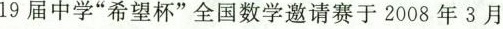
19届中学“希望杯”全国数学邀请赛于2008年3月